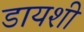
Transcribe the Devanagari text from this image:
डायशी